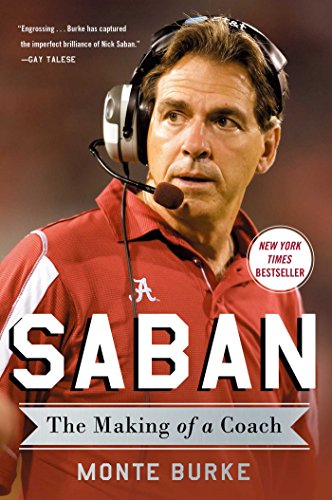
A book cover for Saban: The Making of a Coach; Monte Burke; Biographies & Memoirs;